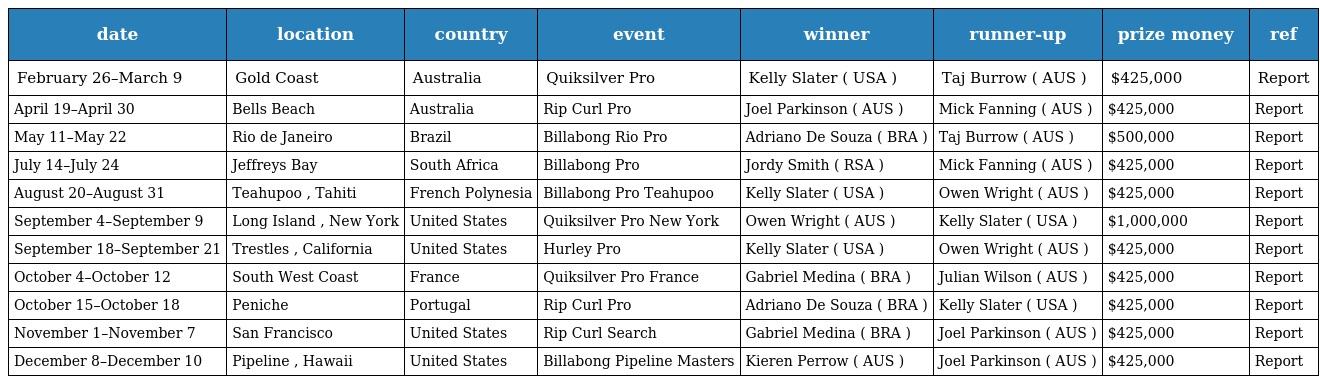
| date | location | country | event | winner | runner-up | prize money | ref |
 | --- | --- | --- | --- | --- | --- | --- | --- |
 | February 26–March 9 | Gold Coast | Australia | Quiksilver Pro | Kelly Slater ( USA ) | Taj Burrow ( AUS ) | $425,000 | Report |
 | April 19–April 30 | Bells Beach | Australia | Rip Curl Pro | Joel Parkinson ( AUS ) | Mick Fanning ( AUS ) | $425,000 | Report |
 | May 11–May 22 | Rio de Janeiro | Brazil | Billabong Rio Pro | Adriano De Souza ( BRA ) | Taj Burrow ( AUS ) | $500,000 | Report |
 | July 14–July 24 | Jeffreys Bay | South Africa | Billabong Pro | Jordy Smith ( RSA ) | Mick Fanning ( AUS ) | $425,000 | Report |
 | August 20–August 31 | Teahupoo , Tahiti | French Polynesia | Billabong Pro Teahupoo | Kelly Slater ( USA ) | Owen Wright ( AUS ) | $425,000 | Report |
 | September 4–September 9 | Long Island , New York | United States | Quiksilver Pro New York | Owen Wright ( AUS ) | Kelly Slater ( USA ) | $1,000,000 | Report |
 | September 18–September 21 | Trestles , California | United States | Hurley Pro | Kelly Slater ( USA ) | Owen Wright ( AUS ) | $425,000 | Report |
 | October 4–October 12 | South West Coast | France | Quiksilver Pro France | Gabriel Medina ( BRA ) | Julian Wilson ( AUS ) | $425,000 | Report |
 | October 15–October 18 | Peniche | Portugal | Rip Curl Pro | Adriano De Souza ( BRA ) | Kelly Slater ( USA ) | $425,000 | Report |
 | November 1–November 7 | San Francisco | United States | Rip Curl Search | Gabriel Medina ( BRA ) | Joel Parkinson ( AUS ) | $425,000 | Report |
 | December 8–December 10 | Pipeline , Hawaii | United States | Billabong Pipeline Masters | Kieren Perrow ( AUS ) | Joel Parkinson ( AUS ) | $425,000 | Report |